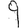
Digit: 9